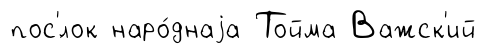
пос'́лок наро́днаjа Тойма Важск'ий